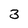
Character: 3